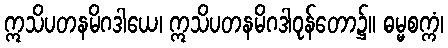
ဣသိပတနမိဂဒါယေ၊ ဣသိပတနမိဂဒါဝုန်တော၌။ ဓမ္မစက္ကံ၊